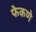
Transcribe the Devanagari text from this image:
फेकणे